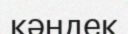
кәндек